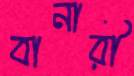
বানারী